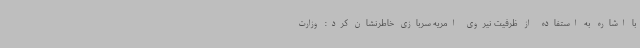
با اشاره به استفاده از ظرفیت نیروی امریه سربازی خاطرنشان کرد: وزارت